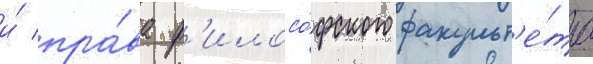
и́ пра́ва ф'илосо́фского факульт'е́та